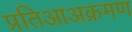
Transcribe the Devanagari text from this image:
प्रतिआअक्रमण